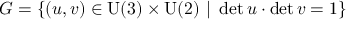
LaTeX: G = \{ ( u , v ) \in \mathrm { U ( 3 ) } \times \mathrm { U ( 2 ) } \ | \ \operatorname * { d e t } u \cdot \operatorname * { d e t } v = 1 \}